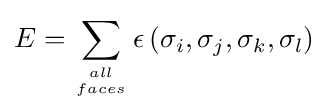
E=\sum _{all \atop faces}\epsilon \left(\sigma _{i},\sigma _{j},\sigma _{k},\sigma _{l}\right)